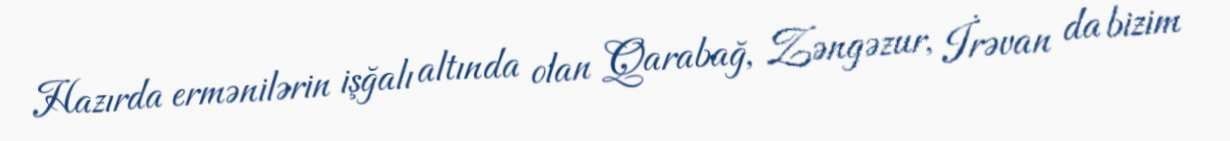
Hazırda ermənilərin işğalı altında olan Qarabağ, Zəngəzur, İrəvan da bizim